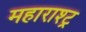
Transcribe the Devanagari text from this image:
महाराश्ट्र